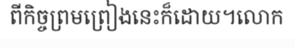
ពីកិច្ចព្រមព្រៀងនេះក៏ដោយ។លោក